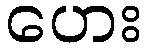
ဟေး